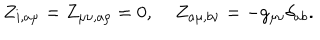
Z _ { i , a \mu } = Z _ { \mu \nu , a \rho } = 0 , \; Z _ { a \mu , b \nu } = - g _ { \mu \nu } \delta _ { a b } .